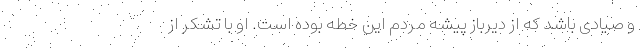
و صیادی باشد که از دیرباز پیشه مردم این خطه بوده است. او با تشکر از